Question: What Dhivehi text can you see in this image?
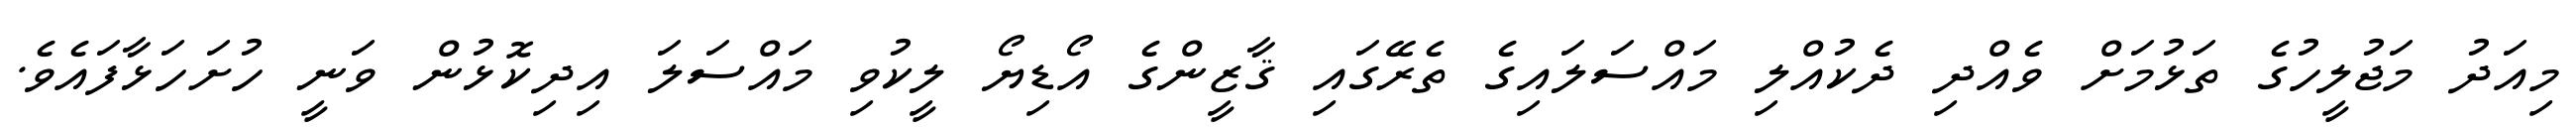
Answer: މިއަދު މަޖުލީހުގެ ތަޅުމަށް ވެއްދި ދެކުއްލި މައްސަލައިގެ ތެރޭގައި ޤާޒީންގެ އޯޑިޔޯ ލީކުވި މައްސަލަ އިދިކޮޅުން ވަނީ ހުށަހަޅާފައެވެ.